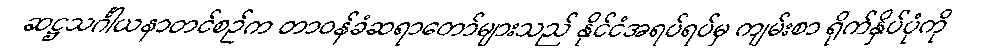
ဆဋ္ဌသင်္ဂါယနာတင်စဉ်က တာဝန်ခံဆရာတော်များသည် နိုင်ငံအရပ်ရပ်မှ ကျမ်းစာ ရိုက်နှိပ်ပုံကို